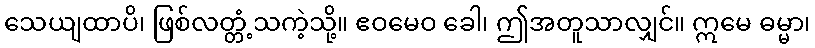
သေယျထာပိ၊ ဖြစ်လတ္တံ့သကဲ့သို့။ ဧဝမေဝ ခေါ၊ ဤအတူသာလျှင်။ ဣမေ ဓမ္မာ၊